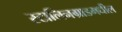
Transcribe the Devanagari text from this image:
स्टालिनग्राडमधील